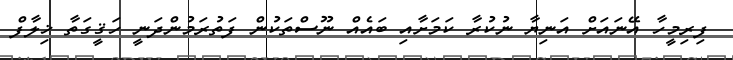
ފިރިމީހާ އޭނައަށް އަނިޔާ ނުކުރާ ކަމަށާއި ބައެއް ނޫސްތަކުން ފަތުރަމުންދަނީ ހަޤީގަތާ ޚިލާފް